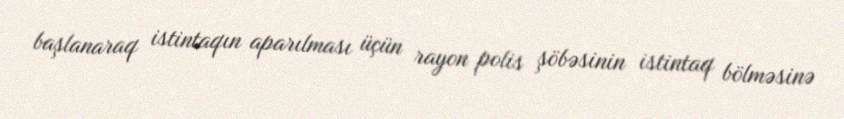
başlanaraq istintaqın aparılması üçün rayon polis şöbəsinin istintaq bölməsinə